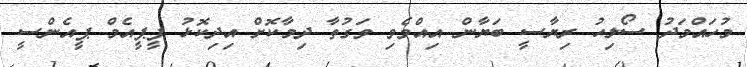
މުހައްމަދު ސޯލިހު ރިޔާސީ ބަޔާން އިއްވެވި ވަގުތާ ދިމާކޮށް އިދިކޮޅު ޕީޕީއެމް ޕީއެންސީ